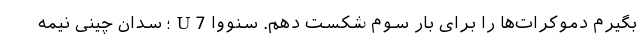
بگیرم دموکرات‌ها را برای بار سوم شکست دهم. سنووا U7؛ سدان چینی نیمه